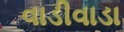
વાડીવાડા